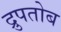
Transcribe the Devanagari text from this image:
द्रुपतोब